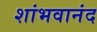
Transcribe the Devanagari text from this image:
शांभवानंद